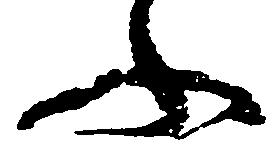
ふ